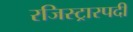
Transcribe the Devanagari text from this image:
रजिस्ट्रारपदी